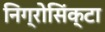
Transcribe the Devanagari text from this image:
निग्रोसिंक्टा